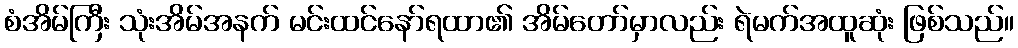
စံအိမ်ကြီး သုံးအိမ်အနက် မင်းထင်နော်ရထာ၏ အိမ်တော်မှာလည်း ရဲမက်အထူဆုံး ဖြစ်သည်။